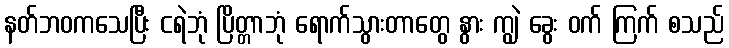
နတ်ဘဝကသေပြီး ငရဲဘုံ ပြိတ္တာဘုံ ရောက်သွားတာတွေ နွား ကျွဲ ခွေး ဝက် ကြက် စသည်